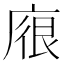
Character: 𢉟